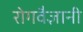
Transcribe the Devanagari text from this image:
रोगवैज्ञानी